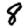
Digit: 8